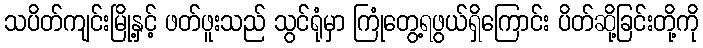
သပိတ်ကျင်းမြို့နှင့် ဖတ်ဖူးသည် သွင်ရုံမှာ ကြုံတွေ့ရဖွယ်ရှိကြောင်း ပိတ်ဆို့ခြင်းတို့ကို